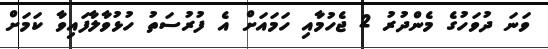
ވަނަ ދުވަހުގެ މެންދުރު 2 ޖެހުމާއި ހަމައަށް އެ ފުރުސަތު ހުޅުވާލާފައިވާ ކަމަށް